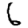
Digit: 6